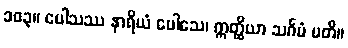
၁၀၃။ ပေါသဿ နာရိယံ ပေါသေ၊ ဣတ္ထိယာ သင်္ဂမံ ပတိ။